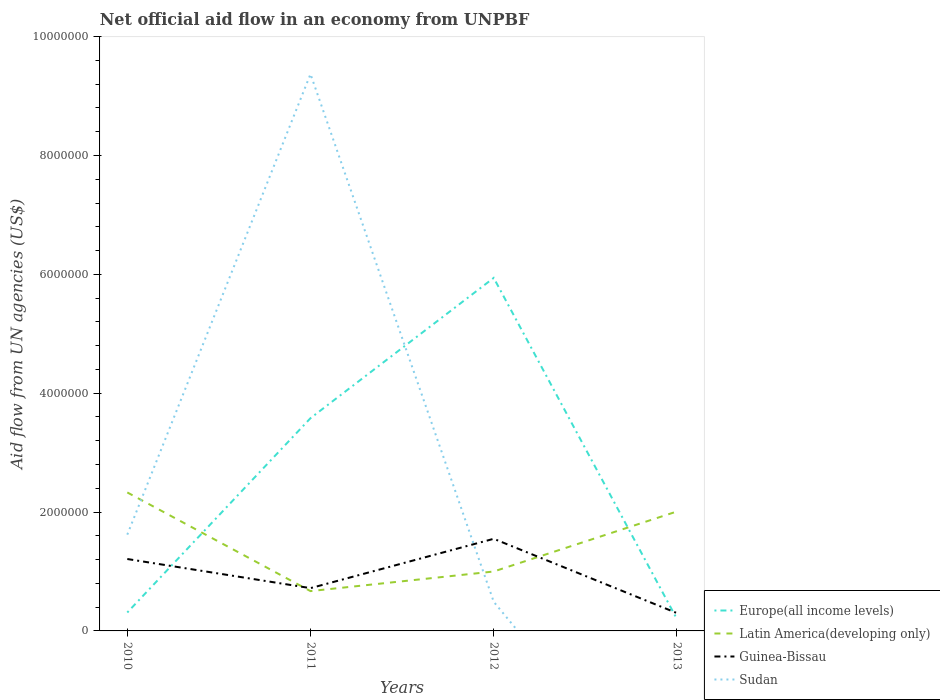
| Years | Europe(all income levels) | Latin America(developing only) | Guinea-Bissau | Sudan |
 | --- | --- | --- | --- | --- |
 | 2010 | 3.1e+05 | 2.33e+06 | 1.21e+06 | 1.62e+06 |
 | 2011 | 3.58e+06 | 6.7e+05 | 7.2e+05 | 9.37e+06 |
 | 2012 | 5.94e+06 | 1e+06 | 1.55e+06 | 4.9e+05 |
 | 2013 | 2e+05 | 2.01e+06 | 3e+05 | -3.24e+06 |